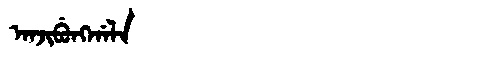
Manchu: ᠠᠨᠵᡳᠪᡠᠩᡤᠠᠯᠠ
Romanization: ANJIBUNGGALA